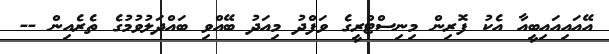
އޭއައިއައިބީއާ އެކު ފޮރިން މިނިސްޓްރީގެ ވަފްދު މިއަދު ބޭއްވި ބައްދަލުވުމުގެ ތެރެއިން --